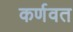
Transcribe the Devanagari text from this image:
कर्णवत